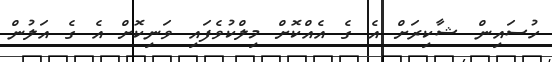
ހުސައިން ޝާކިރަށް އެ ގެ އެއްކޮށް މިލްކުވެފައި ވަނިކޮށް އެ ގެ އަލުން